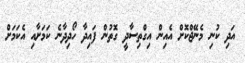
އަދި ކުނި މެނޭޖްކޮށް އެއިން އިގްތިސާދީ ގޮތުން ފައިދާ ހޯދިދާނެ ކަމަށާއި އެކަމަށް